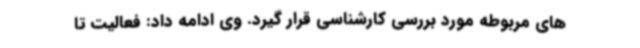
های مربوطه مورد بررسی کارشناسی قرار گیرد. وی ادامه داد: فعالیت تا